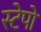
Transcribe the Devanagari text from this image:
स्टेपो